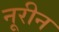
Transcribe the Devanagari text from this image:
नूरीन